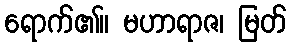
ရောက်၏။ မဟာရာဇ၊ မြတ်